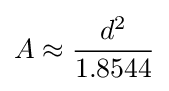
A\approx {\frac {d^{2}}{1.8544}}